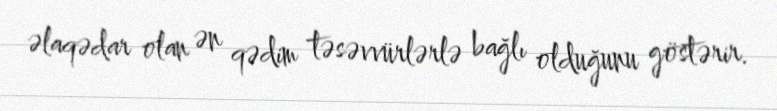
əlaqədar olan ən qədim təsəvvürlərlə bağlı olduğunu göstərir.